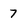
Character: 7